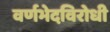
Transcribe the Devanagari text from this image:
वर्णभेदविरोधी